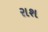
રાશ